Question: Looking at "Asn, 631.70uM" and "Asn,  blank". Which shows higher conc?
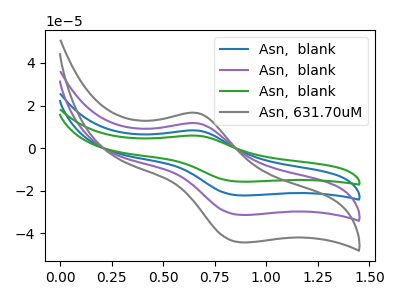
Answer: <think>The blue curve "Asn,  blank" has an anodic peak at (0.65V, 23.40uA) and a cathodic peak at (0.90V, -62.60uA). The purple curve "Asn,  blank" has an anodic peak at (0.65V, 11.70uA) and a cathodic peak at (0.90V, -31.30uA). The green curve "Asn,  blank" has an anodic peak at (0.65V, 35.10uA) and a cathodic peak at (0.90V, -93.85uA). The gray curve "Asn, 631.70uM" has an anodic peak at (0.65V, 16.50uA) and a cathodic peak at (0.90V, -44.15uA).
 All the peaks in "Asn, 631.70uM" have a peak in "Asn,  blank" at the same potential. Every peak in "Asn, 631.70uM" is higher than every peak in "Asn,  blank".</think>
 <answer>"Asn, 631.70uM" has more signal than "Asn,  blank" and so likely has a higher concentration.</answer>
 <eval>more_concentration</eval>